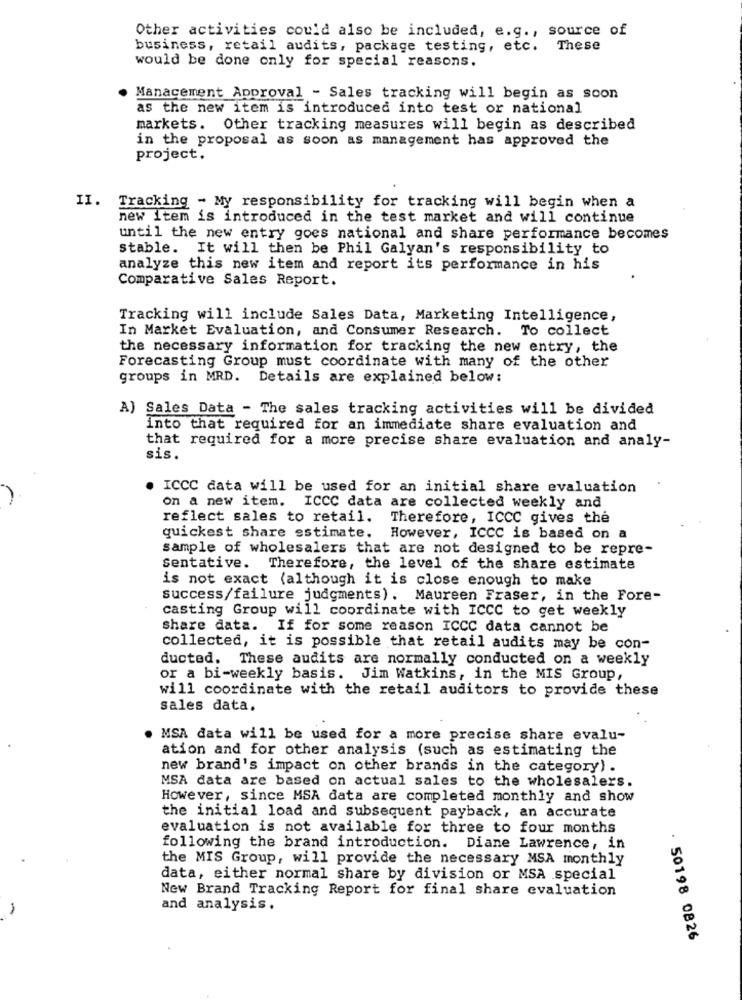
Other activities could also be included, e.g ., source of
business, retail audits, package testing, etc. These
would be done only for special reasons.
Manacement Approval - Sales tracking will begin as soon
as the new item is introduced into test or national
markets. Other tracking measures will begin as described
in the proposal as soon as management has approved the
project.
II. Tracking - My responsibility for tracking will begin when a
new Item is introduced in the test market and will continue
until the new entry goes national and share performance becomes
stable. It will then be Phil Galyan's responsibility to
analyze this new item and report its performance in his
Comparative Sales Report.
Tracking will include Sales Data, Marketing Intelligence,
In Market Evaluation, and Consumer Research. To collect
the necessary information for tracking the new entry, the
Forecasting Group must coordinate with many of the other
groups in MRD. Details are explained below:
A) Sales Data - The sales tracking activities will be divided
into that required for an immediate share evaluation and
that required for a more precise share evaluation and analy-
sis.
ICCC data will be used for an initial share evaluation
on a new item. ICCC data are collected weekly and
reflect sales to retail. Therefore, ICCC gives the
quickest share estimate. However, ICCC is based on a
sample of wholesalers that are not designed to be repre-
Sentative. Therefore, the level of the share estimate
is not exact (although it is close enough to make
success/failure judgments). Maureen Fraser, in the Fore-
casting Group will coordinate with ICCC to get weekly
share data. If for some reason ICCC data cannot be
collected, it is possible that retail audits may be con-
ducted. These audits are normally conducted on a weekly
or a bi-weekly basis. Jim Watkins, in the MIS Group,
will coordinate with the retail auditors to provide these
sales data.
MSA data will be used for a more precise share evalu-
ation and for other analysis (such as estimating the
new brand's impact on other brands in the category) .
MSA data are based on actual sales to the wholesalers.
However, since MSA data are completed monthly and show
the initial load and subsequent payback, an accurate
evaluation is not available for three to four months
following the brand introduction. Diane Lawrence, in
the MIS Group, will provide the necessary MSA monthly
data, either normal share by division or MSA special
New Brand Tracking Report for final share evaluation
and analysis.
. 50198 0826